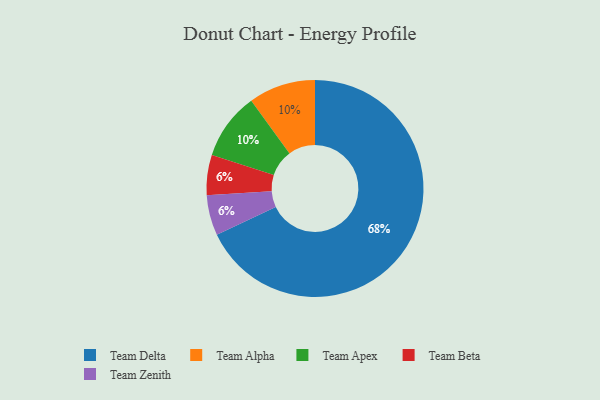
{"axis": {"x": "Category", "y": "Percentage"}, "legend": ["Team Alpha", "Team Apex", "Team Beta", "Team Delta", "Team Zenith"], "data": [{"x": "Team Delta", "y": 68, "type": "Team Delta"}, {"x": "Team Alpha", "y": 10, "type": "Team Alpha"}, {"x": "Team Apex", "y": 10, "type": "Team Apex"}, {"x": "Team Beta", "y": 6, "type": "Team Beta"}, {"x": "Team Zenith", "y": 6, "type": "Team Zenith"}]}